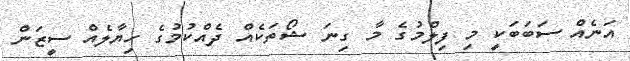
އަނެއް ސަބަބަކީ މި ފިލްމުގެ މާ ގިނަ ޝޯތަކެއް ދެއްކުމުގެ ހިޔާލެއް ސީޒަން